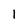
Character: 1